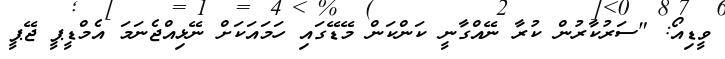
ވީޑިއޯ: "ސަރުކާރުން ކުރާ ނޭއްގާނީ ކަންކަން މޭޑޭގައި ހަމައަކަށް ނޭޅިއްޖެނަމަ އެމްޑީޕީ ޖޭޕީ